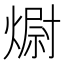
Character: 𭵻